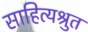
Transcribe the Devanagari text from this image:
साहित्यश्रुत